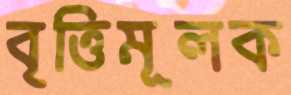
বৃত্তিমূলক